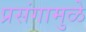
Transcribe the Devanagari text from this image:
प्रसंगामुळे